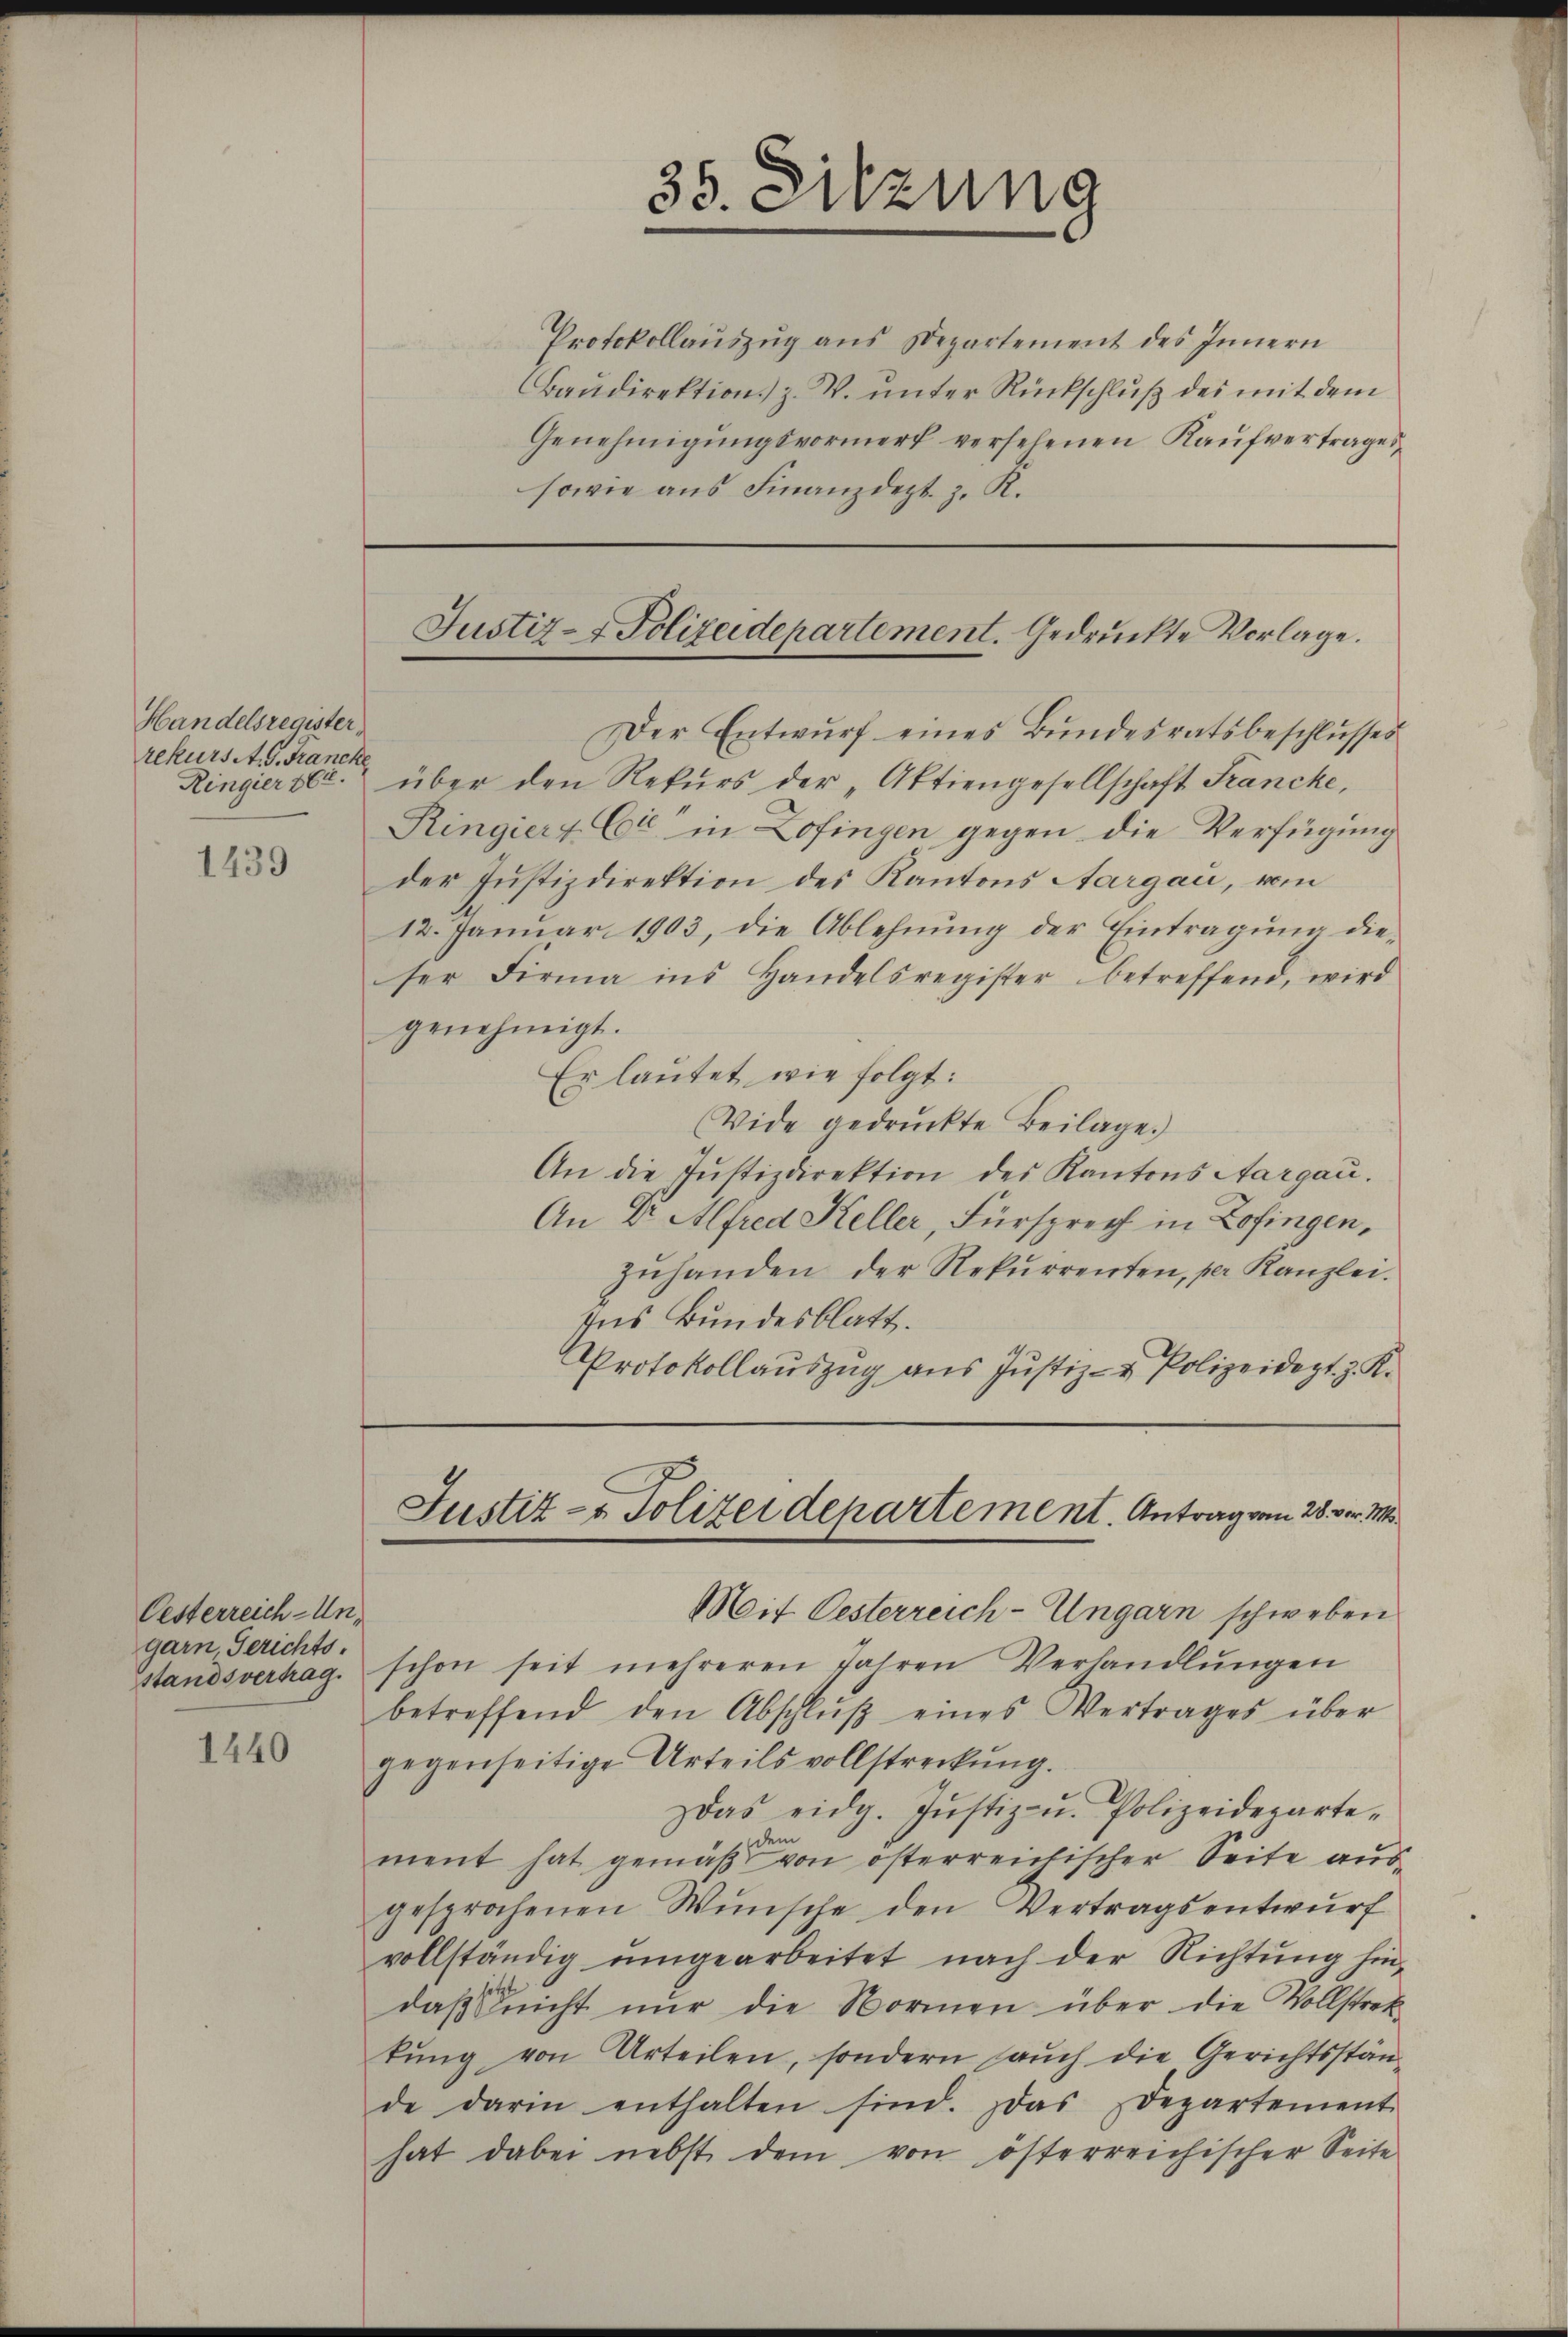
Handelsregister
rekurs A. G. Francke

1439

Oesterreich-Ungarn. Gerichts-

1440

Protokollaŭszŭg ans Departement des Innern
Baudirektion z. W. unter Rückschluß des mit dem
Genehmigŭngsvormerk versehenen Kaŭfvertrages
sowie aus Finanzdept. z. R.

Der Entwurf eines Bundesratsbeschlusses
Ringierter über den Rekŭrs der „Aktiengesellschaft Francke,
Ringiert. Er in Zofingen gegen die Verfügung
der Justizdirektion des Kantons Aargau, vom
12. Januar 1903, die Ablehnŭng der Eintragung die-
ser Firma ins Handelsregister betreffend, wird
genehmigt.
Er lautet wie folgt:
Vide gedruckte Beilage.)
An die Justizdirektion des Kantons Aargau.
An Dr. Alfred Keller, Fürsprech in Zofingen,
zŭhanden der Rekŭrrenten, per Kanzlei.
Ins Bundesblatt.
Protokollaŭszŭg aŭs Jŭstiz- & Polizeidept. z. K.
Justiz- & Polizeidepartement. Antrag vom 28. v. M
Mait Oesterreich-Ungarn schweben
standsvertrag schon seit mehreren Jahren Verhandlŭngen
betreffend den Abschlŭβ eines Vertrages über
gegenseitige Urteils vollstreckung.
Das eidg. Jŭstiz- u. Polizeideparte-
dem
ment hat gemäβ von österreichischer Seite aŭs-
gesprochenen Wünsche den Vertragsentwŭrf
vollständig ŭmgearbeitet nach der Richtŭng hin-
daβ nicht nur die Normen über die Vollstrat
tŭng von Urteilen, sondern aŭch die Gerichtsstän-
de darin enthalten sind. Das Departement
hat dabei nebst dem von österreichischer Seite

35. Sitzung

Justiz- & Polizeidepartement. Gedruckte Vorlage.